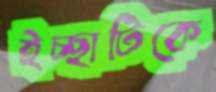
ইচ্ছাটিকে